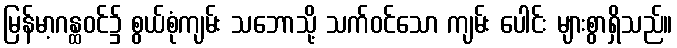
မြန်မာ့ဂန္ထဝင်၌ စွယ်စုံကျမ်း သဘောသို့ သက်ဝင်သော ကျမ်း ပေါင်း များစွာရှိသည်။